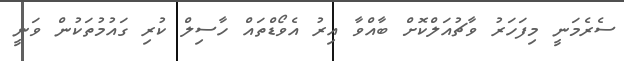
ސެރެމަނީ މިފަހަރު ވާޗުއަލްކޮށް ބާއްވާ އިރު އެވޯޑްތައް ހާސިލް ކުރި ގައުމުތަކުން ވަނީ